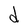
Character: d